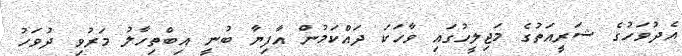
އެދުވަހުގެ ޝަރީއަތުގެ މަޖިލީހުގައި ވާހަކަ ދައްކަމުން އާފިޔާ ބުނީ އިބްތިހާލު މަރުވި ދުވަހު